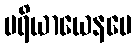
ပရိယာယေနပေ